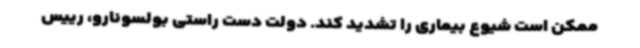
ممکن است شیوع بیماری را تشدید کند. دولت دست راستی بولسونارو، رییس